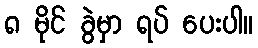
၈ မိုင် ခွဲမှာ ရပ် ပေးပါ။